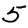
Digit: 5